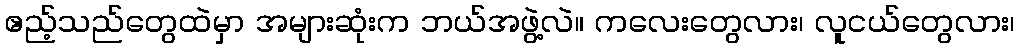
ဧည့်သည်တွေထဲမှာ အများဆုံးက ဘယ်အဖွဲ့လဲ။ ကလေးတွေလား၊ လူငယ်တွေလား၊